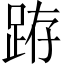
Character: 𨀛